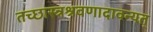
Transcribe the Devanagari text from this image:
तच्छास्त्रश्रवणादावन्यत्